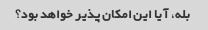
بله، آیا این امکان پذیر خواهد بود؟